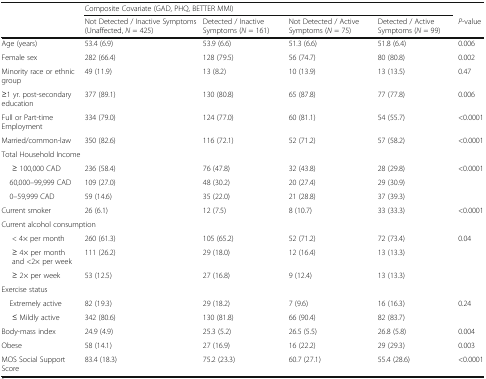
<table><thead><tr><td></td><td colspan="4"><b>Composite Covariate (GAD, PHQ, BETTER MMI)</b></td><td></td></tr><tr><td></td><td><b>Not Detected / Inactive Symptoms (Unaffected, <i>N</i> = 425)</b></td><td><b>Detected / Inactive Symptoms (<i>N</i> = 161)</b></td><td><b>Not Detected / Active Symptoms (<i>N</i> = 75)</b></td><td><b>Detected / Active Symptoms (<i>N</i> = 99)</b></td><td><b><i>P</i>-value</b></td></tr></thead><tbody><tr><td>Age (years)</td><td>53.4 (6.9)</td><td>53.9 (6.6)</td><td>51.3 (6.6)</td><td>51.8 (6.4)</td><td>0.006</td></tr><tr><td>Female sex</td><td>282 (66.4)</td><td>128 (79.5)</td><td>56 (74.7)</td><td>80 (80.8)</td><td>0.002</td></tr><tr><td>Minority race or ethnic group</td><td>49 (11.9)</td><td>13 (8.2)</td><td>10 (13.9)</td><td>13 (13.5)</td><td>0.47</td></tr><tr><td>≥1 yr. post-secondary education</td><td>377 (89.1)</td><td>130 (80.8)</td><td>65 (87.8)</td><td>77 (77.8)</td><td>0.006</td></tr><tr><td>Full or Part-time Employment</td><td>334 (79.0)</td><td>124 (77.0)</td><td>60 (81.1)</td><td>54 (55.7)</td><td>&lt;0.0001</td></tr><tr><td>Married/common-law</td><td>350 (82.6)</td><td>116 (72.1)</td><td>52 (71.2)</td><td>57 (58.2)</td><td>&lt;0.0001</td></tr><tr><td colspan="6">Total Household Income</td></tr><tr><td>≥ 100,000 CAD</td><td>236 (58.4)</td><td>76 (47.8)</td><td>32 (43.8)</td><td>28 (29.8)</td><td rowspan="3">&lt;0.0001</td></tr><tr><td> 60,000–99,999 CAD</td><td>109 (27.0)</td><td>48 (30.2)</td><td>20 (27.4)</td><td>29 (30.9)</td></tr><tr><td> 0–59,999 CAD</td><td>59 (14.6)</td><td>35 (22.0)</td><td>21 (28.8)</td><td>37 (39.3)</td></tr><tr><td>Current smoker</td><td>26 (6.1)</td><td>12 (7.5)</td><td>8 (10.7)</td><td>33 (33.3)</td><td>&lt;0.0001</td></tr><tr><td colspan="6">Current alcohol consumption</td></tr><tr><td>&lt; 4× per month</td><td>260 (61.3)</td><td>105 (65.2)</td><td>52 (71.2)</td><td>72 (73.4)</td><td rowspan="3">0.04</td></tr><tr><td>≥ 4× per month and &lt;2× per week</td><td>111 (26.2)</td><td>29 (18.0)</td><td>12 (16.4)</td><td>13 (13.3)</td></tr><tr><td>≥ 2× per week</td><td>53 (12.5)</td><td>27 (16.8)</td><td>9 (12.4)</td><td>13 (13.3)</td></tr><tr><td colspan="6">Exercise status</td></tr><tr><td> Extremely active</td><td>82 (19.3)</td><td>29 (18.2)</td><td>7 (9.6)</td><td>16 (16.3)</td><td rowspan="2">0.24</td></tr><tr><td>≤ Mildly active</td><td>342 (80.6)</td><td>130 (81.8)</td><td>66 (90.4)</td><td>82 (83.7)</td></tr><tr><td>Body-mass index</td><td>24.9 (4.9)</td><td>25.3 (5.2)</td><td>26.5 (5.5)</td><td>26.8 (5.8)</td><td>0.004</td></tr><tr><td>Obese</td><td>58 (14.1)</td><td>27 (16.9)</td><td>16 (22.2)</td><td>29 (29.3)</td><td>0.003</td></tr><tr><td>MOS Social Support Score</td><td>83.4 (18.3)</td><td>75.2 (23.3)</td><td>60.7 (27.1)</td><td>55.4 (28.6)</td><td>&lt;0.0001</td></tr></tbody></table>